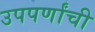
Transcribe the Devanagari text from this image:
उपपर्णांची